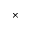
\times